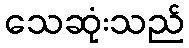
သေဆုံးသည်